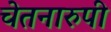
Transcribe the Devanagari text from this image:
चेतनारुपी